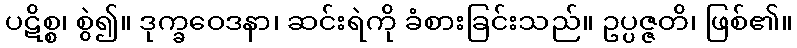
ပဋိစ္စ၊ စွဲ၍။ ဒုက္ခဝေဒနာ၊ ဆင်းရဲကို ခံစားခြင်းသည်။ ဥပ္ပဇ္ဇတိ၊ ဖြစ်၏။